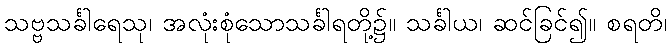
သဗ္ဗသင်္ခါရေသု၊ အလုံးစုံသောသင်္ခါရတို့၌။ သင်္ခါယ၊ ဆင်ခြင်၍။ စရတိ၊